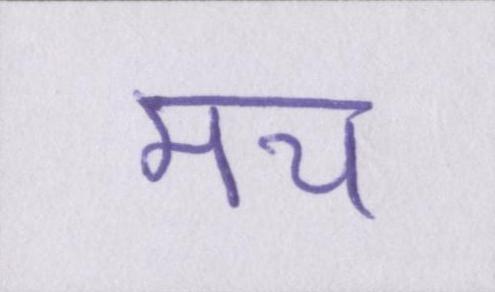
मच